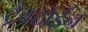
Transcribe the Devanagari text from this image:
ट्रैवर्टाईन